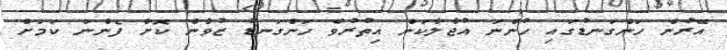
އޭރުން ހަންގަނޑުގައި ހުންނަ އުޖާލާކަން އިތުރުވެ ހަންގަނޑު ޒުވާން ކޮށް ފެންނަ ކަމަށް